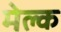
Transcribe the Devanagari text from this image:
मेल्क